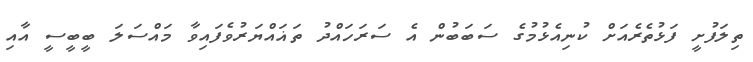
ތިލަފުށީ ފަޅުތެރެއަށް ކުނިއެޅުމުގެ ސަބަބުން އެ ސަރަހައްދު ތަޣައްޔަރުވެފައިވާ މައްސަލަ ބީބީސީ އާއި